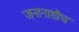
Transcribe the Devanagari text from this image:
जनानाशौच